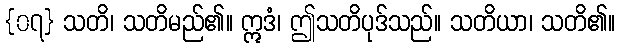
{၀၇} သတိ၊ သတိမည်၏။ ဣဒံ၊ ဤသတိပုဒ်သည်။ သတိယာ၊ သတိ၏။